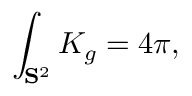
\int _ { \mathbf { S } ^ { 2 } } K _ { g } = 4 \pi ,